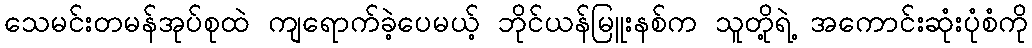
သေမင်းတမန်အုပ်စုထဲ ကျရောက်ခဲ့ပေမယ့် ဘိုင်ယန်မြူးနစ်က သူတို့ရဲ့ အကောင်းဆုံးပုံစံကို